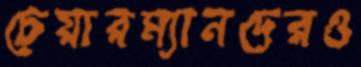
চেয়ারম্যানদেরও